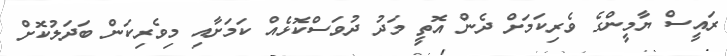
ރައީސް ޔާމީންގެ ވެރިކަމަށް ދެން އޮތީ މަދު ދުވަސްކޮޅެއް ކަމަށާއި މިވެރިކަން ބަދަލުކޮށް